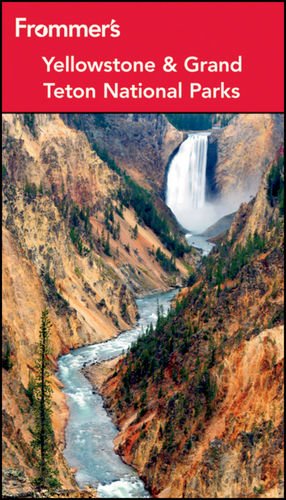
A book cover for Frommer's Yellowstone and Grand Teton National Parks (Park Guides); Eric Peterson; Travel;